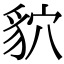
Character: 貁